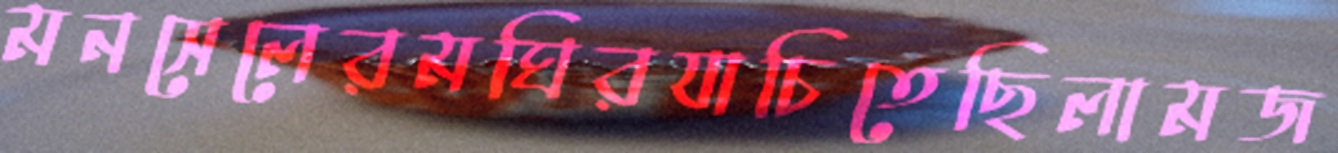
মনসেলেরমঘিরযাচিতেছিলামজ